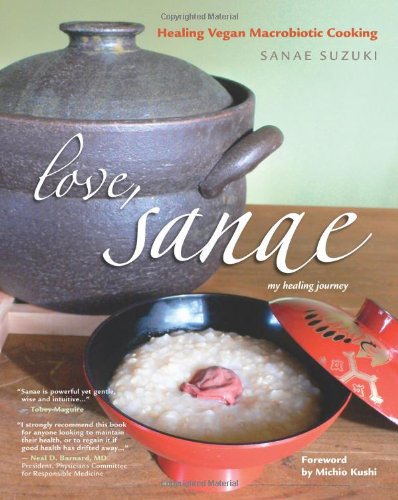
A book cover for Love, Sanae: Healing Vegan Macrobiotic Cooking, My Healing Journey; Sanae Suzuki; Health, Fitness & Dieting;